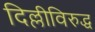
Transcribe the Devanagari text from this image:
दिल्लीविरुद्ध